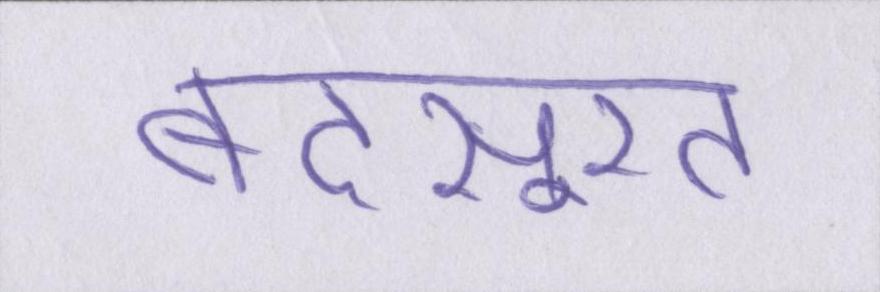
बदसूरत